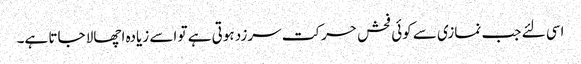
اسی لئے جب نمازی سے کوئی فحش حرکت سرزد ہوتی ہے تو اسے زیادہ اچھالا جاتا ہے۔